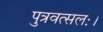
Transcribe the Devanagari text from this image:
पुत्रवत्सलः।